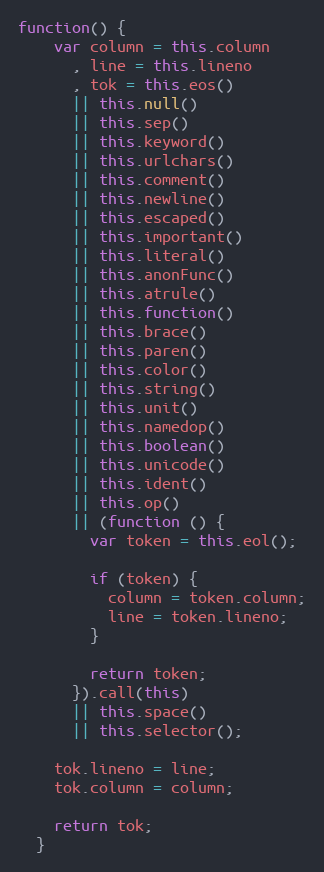
Language: JavaScript
function() {
    var column = this.column
      , line = this.lineno
      , tok = this.eos()
      || this.null()
      || this.sep()
      || this.keyword()
      || this.urlchars()
      || this.comment()
      || this.newline()
      || this.escaped()
      || this.important()
      || this.literal()
      || this.anonFunc()
      || this.atrule()
      || this.function()
      || this.brace()
      || this.paren()
      || this.color()
      || this.string()
      || this.unit()
      || this.namedop()
      || this.boolean()
      || this.unicode()
      || this.ident()
      || this.op()
      || (function () {
        var token = this.eol();

        if (token) {
          column = token.column;
          line = token.lineno;
        }

        return token;
      }).call(this)
      || this.space()
      || this.selector();

    tok.lineno = line;
    tok.column = column;

    return tok;
  }